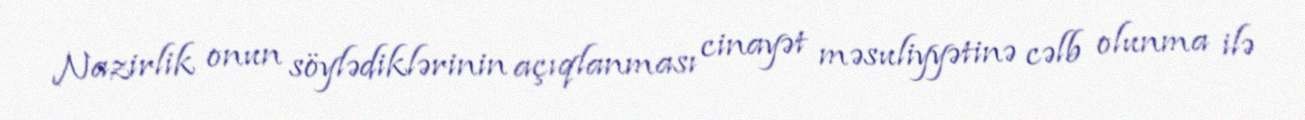
Nazirlik onun söylədiklərinin açıqlanması cinayət məsuliyyətinə cəlb olunma ilə